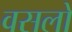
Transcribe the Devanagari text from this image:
वसलो